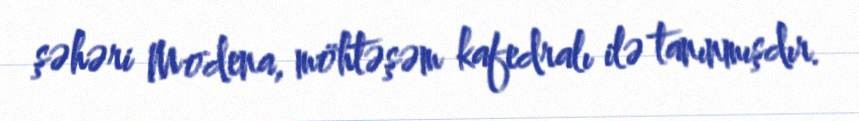
şəhəri Modena, möhtəşəm kafedralı ilə tanınmışdır.